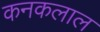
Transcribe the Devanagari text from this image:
कनकलाल